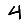
Digit: 4